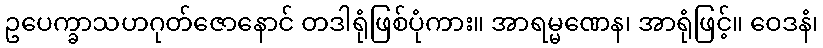
ဥပေက္ခာသဟဂုတ်ဇောနောင် တဒါရုံဖြစ်ပုံကား။ အာရမ္မဏေန၊ အာရုံဖြင့်။ ဝေဒနံ၊